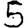
Digit: 5